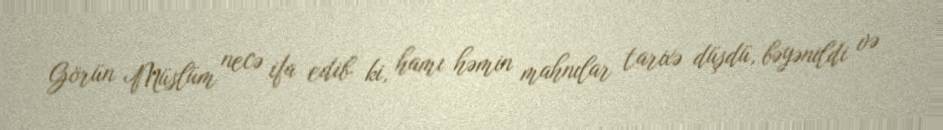
Görün Müslüm necə ifa edib ki, hamı həmin mahnılar tarixə düşdü, bəyənildi və